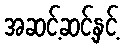
အဆင့်ဆင့်နှင့်